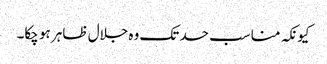
کیونکہ مناسب حد تک وہ جلال ظاہر ہو چکا۔